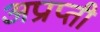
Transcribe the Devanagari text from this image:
अप्राप्ती